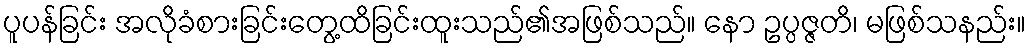
ပူပန်ခြင်း အလိုခံစားခြင်းတွေ့ထိခြင်းထူးသည်၏အဖြစ်သည်။ နော ဥပ္ပဇ္ဇတိ၊ မဖြစ်သနည်း။